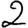
Digit: 2